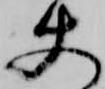
使